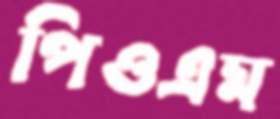
পিওএম